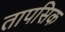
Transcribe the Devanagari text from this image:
तापसिक